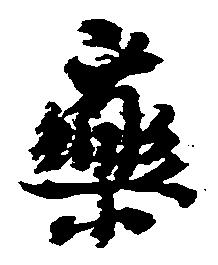
薬